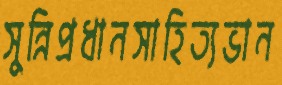
সুন্নিপ্রধানসাহিত্যভান